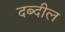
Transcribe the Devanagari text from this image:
दब्दील